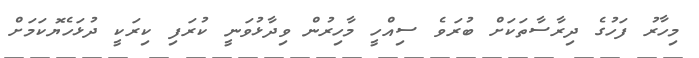
މިހާރު ފަހުގެ ދިރާސާތަކަށް ބުރަވެ ސިއްހީ މާހިރުން ވިދާޅުވަނީ ކުރަފި ކިރަކީ ދުޅަހެޔޮކަމަށް